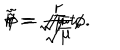
LaTeX: \tilde { t } = \sqrt { \mu } ~ t , \hspace { 1 0 m m } \tilde { r } = \frac { r } { \sqrt { \mu } } , \hspace { 1 0 m m } \tilde { \phi } = \sqrt { \mu } ~ \phi .